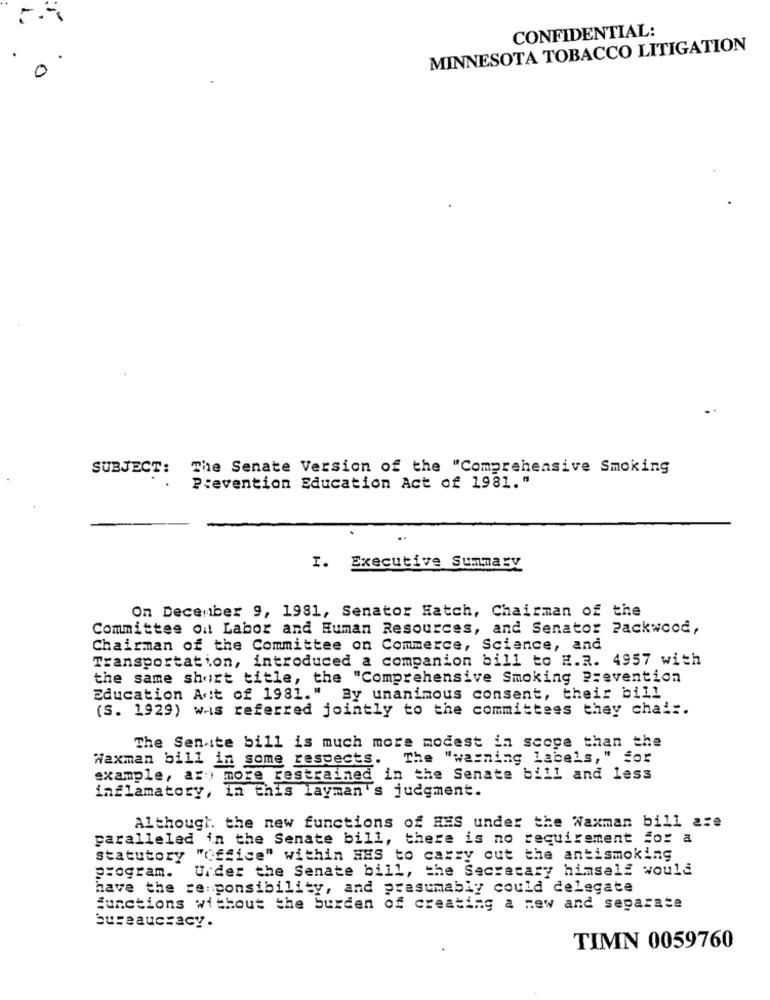
CONFIDENTIAL:
MINNESOTA TOBACCO LITIGATION
0
SUBJECT:
The Senate Version of the "Comprehensive Smoking
Prevention Education Act of 1981."
I. Executive Summary
On December 9, 1981, Senator Hatch, Chairman of the
Committee on Labor and Human Resources, and Senator Packwood,
Chairman of the Committee on Commerce, Science, and
Transportation, introduced a companion bill to H.R. 4957 with
the same short title, the "Comprehensive Smoking Prevention
Education Act of 1981." By unanimous consent, their bill
(S. 1929) was referred jointly to the committees they chal :.
The Sen ite bill is much more modest in scope than the
Waxman bill in some respects.
The "warning labels," for
example, az more restrained in the Senate bill and less
inflamatory, in this layman's judgment.
Although. the new functions of HES under the Waxman bill are
paralleled in the Senate bill, there is no requirement for a
statutory "Office" within HES to carry out the antismoking
Urder the Senate bill, the Secretary himself would
program.
have the responsibility, and presumably could delegate
functions without the burden of creating a new and separate
bureaucracy .
TIMN 0059760